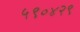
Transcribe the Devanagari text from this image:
५९०४२९